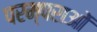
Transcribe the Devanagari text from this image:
परम्‍पराओं